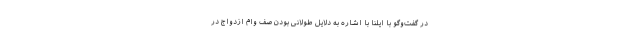
در گفت‌وگو با ایلنا با اشاره به دلایل طولانی بودن صف وام ازدواج در